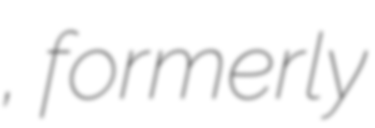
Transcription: Новоархангельск, formerly